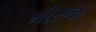
મીરજ